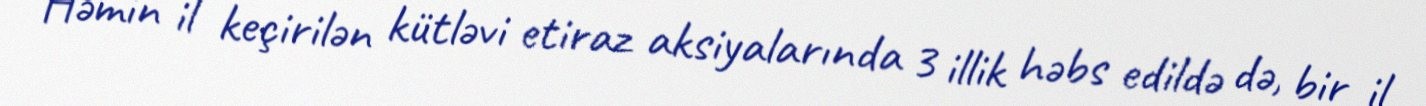
Həmin il keçirilən kütləvi etiraz aksiyalarında 3 illik həbs edildə də, bir il